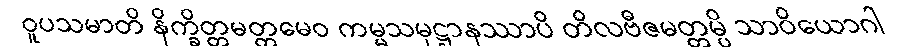
ဝူပသမာတိ နိက္ခိတ္တမတ္တမေဝ ကမ္မသမုဋ္ဌာနဿာပိ တိလဗီဇမတ္တမ္ပိ သာဝိယောဂါ